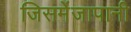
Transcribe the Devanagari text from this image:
जिसमेंजापानी